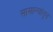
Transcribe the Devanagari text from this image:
सामान्यांतून